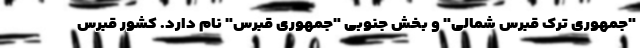
"جمهوری ترک قبرس شمالی" و بخش جنوبی "جمهوری قبرس" نام دارد. کشور قبرس